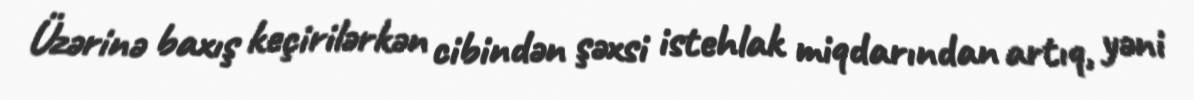
Üzərinə baxış keçirilərkən cibindən şəxsi istehlak miqdarından artıq, yəni